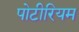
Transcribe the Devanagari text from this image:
पोटीरियम